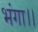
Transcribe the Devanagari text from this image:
भंगा।।